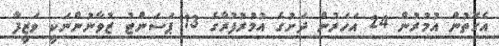
އެގޮތުން އުމުރުން 24 އަހަރުން ދަށުގެ އުމުރުފުރާގެ 13 ޕަސަންޓު ޒުވާނުންނަކީ ވަޒީފާ